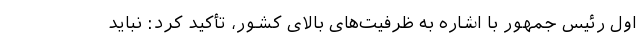
اول رئیس جمهور با اشاره به ظرفیت‌های بالای کشور، تأکید کرد: نباید